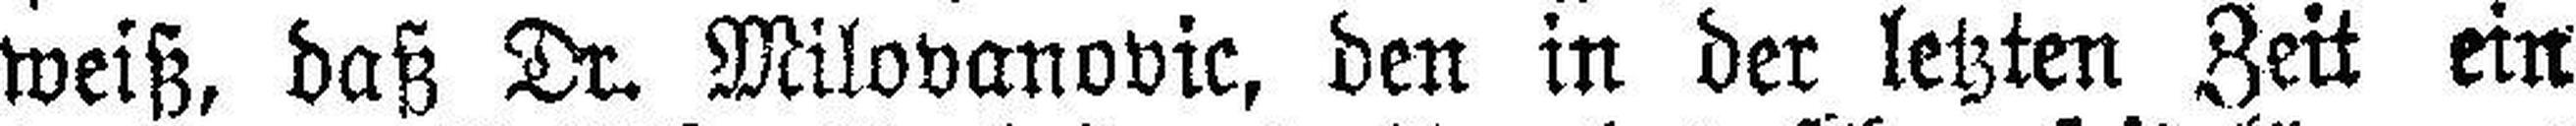
weiß, daß Dr. Milovanovic, den in der letzten Zeit ein